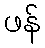
ဖန်